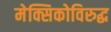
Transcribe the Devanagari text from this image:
मेक्सिकोविरुद्ध